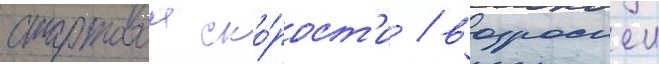
стартовои ско́рост'и / возросшеи